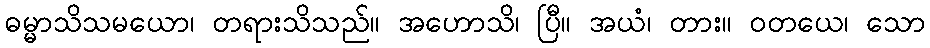
ဓမ္မာသိသမယော၊ တရားသိသည်။ အဟောသိ၊ ပြီ။ အယံ၊ တား။ ဝတယေ၊ သော